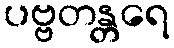
ပဗ္ဗတန္တရေ